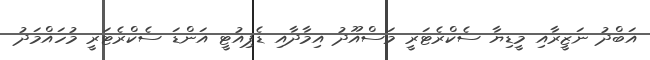
އަބްދު ނަޒީރާއި މީޑިޔާ ސެކްރެޓަރީ މަސްއޫދު އިމާދާއި ޑެޕިއުޓީ އަންޑަ ސެކްރެޓަރީ މުހައްމަދު